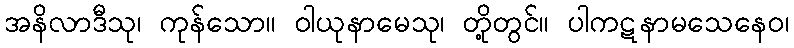
အနိလာဒီသု၊ ကုန်သော။ ဝါယုနာမေသု၊ တို့တွင်။ ပါကဋနာမသေနေဝ၊